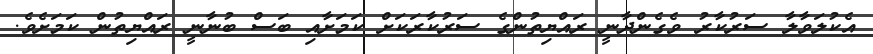
އެކުލަވާލާ ސަރުކާރު ވެގެންދާނީ ރައްޔިތުންގެ ސަރުކާރަކަށް ކަމަށާއި ބަސް ބުނާނީ ރައްޔިތުން ކަމަށެވެ.